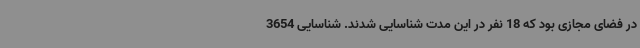
در فضای مجازی بود که 18 نفر در این مدت شناسایی شدند. شناسایی 3654